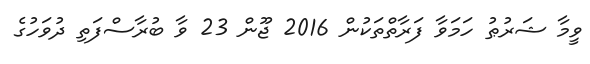
ވީމާ ޝަރުޠު ހަމަވާ ފަރާތްތަކުން 2016 ޖޫން 23 ވާ ބުރާސްފަތި ދުވަހުގެ